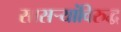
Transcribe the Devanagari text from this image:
सासऱ्यांविरुद्ध